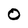
Character: 0